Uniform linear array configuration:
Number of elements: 8
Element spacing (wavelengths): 0.5
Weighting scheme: uniform
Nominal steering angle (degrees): -30
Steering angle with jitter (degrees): -31.251
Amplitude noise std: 0.05
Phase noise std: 0.05

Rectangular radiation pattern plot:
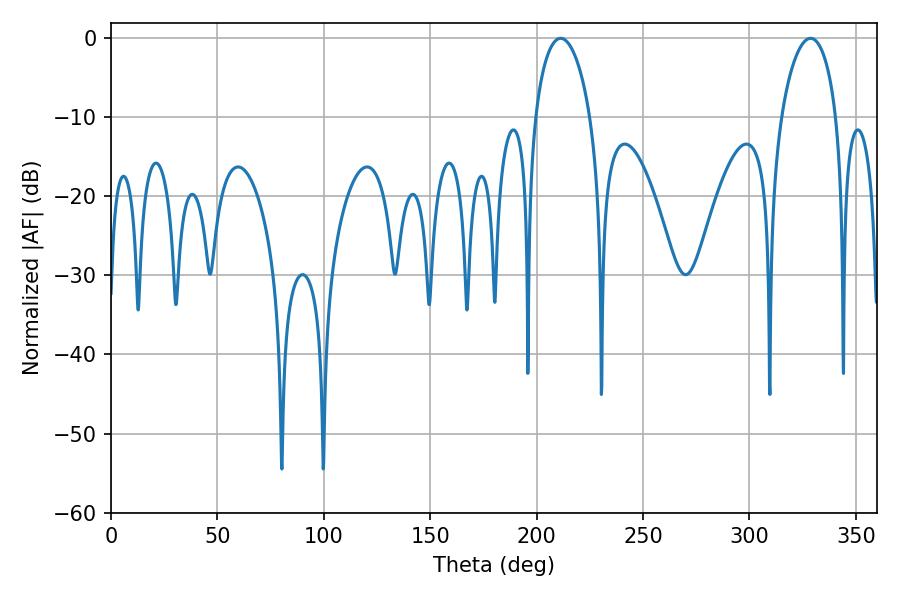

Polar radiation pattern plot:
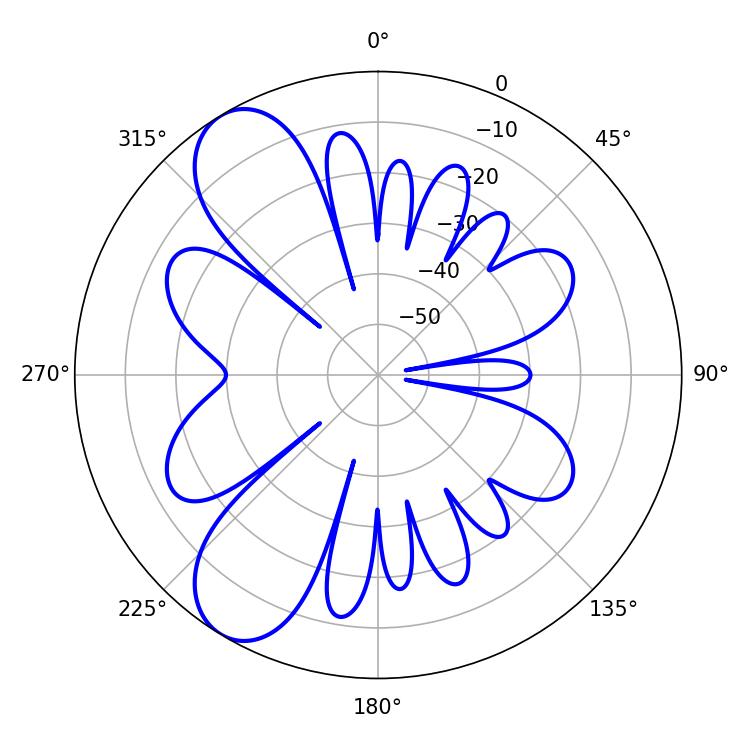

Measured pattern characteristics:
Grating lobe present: FALSE
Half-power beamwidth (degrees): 14.94
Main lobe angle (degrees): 328.68